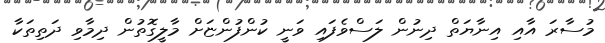
މުސާރަ އާއި އިނާޔަތް ދިނުން ލަސްވެފައި ވަނީ ކުންފުންޏަށް މާލީގޮތުން ދިމާވި ދަތިތަކާ